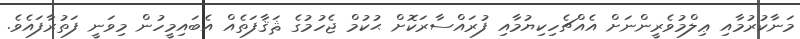
މަނާކުރުމާއި ޢިލްމުވެރީންނަށް އެއްޗެހިކިޔުމާއި ފުރައްސާރަކޮށް ޙުކުމް ޖެހުމުގެ ޘަޤާފަތެއް އެބައިމީހުން މިވަނީ ފަތުރާފައެވެ.